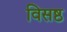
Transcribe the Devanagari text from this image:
विसष्ठ